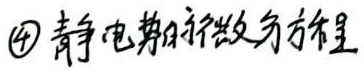
\textcircled{4} 静电势的微分方程是